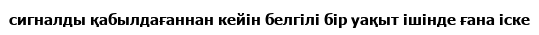
сигналды қабылдағаннан кейін белгілі бір уақыт ішінде ғана іске